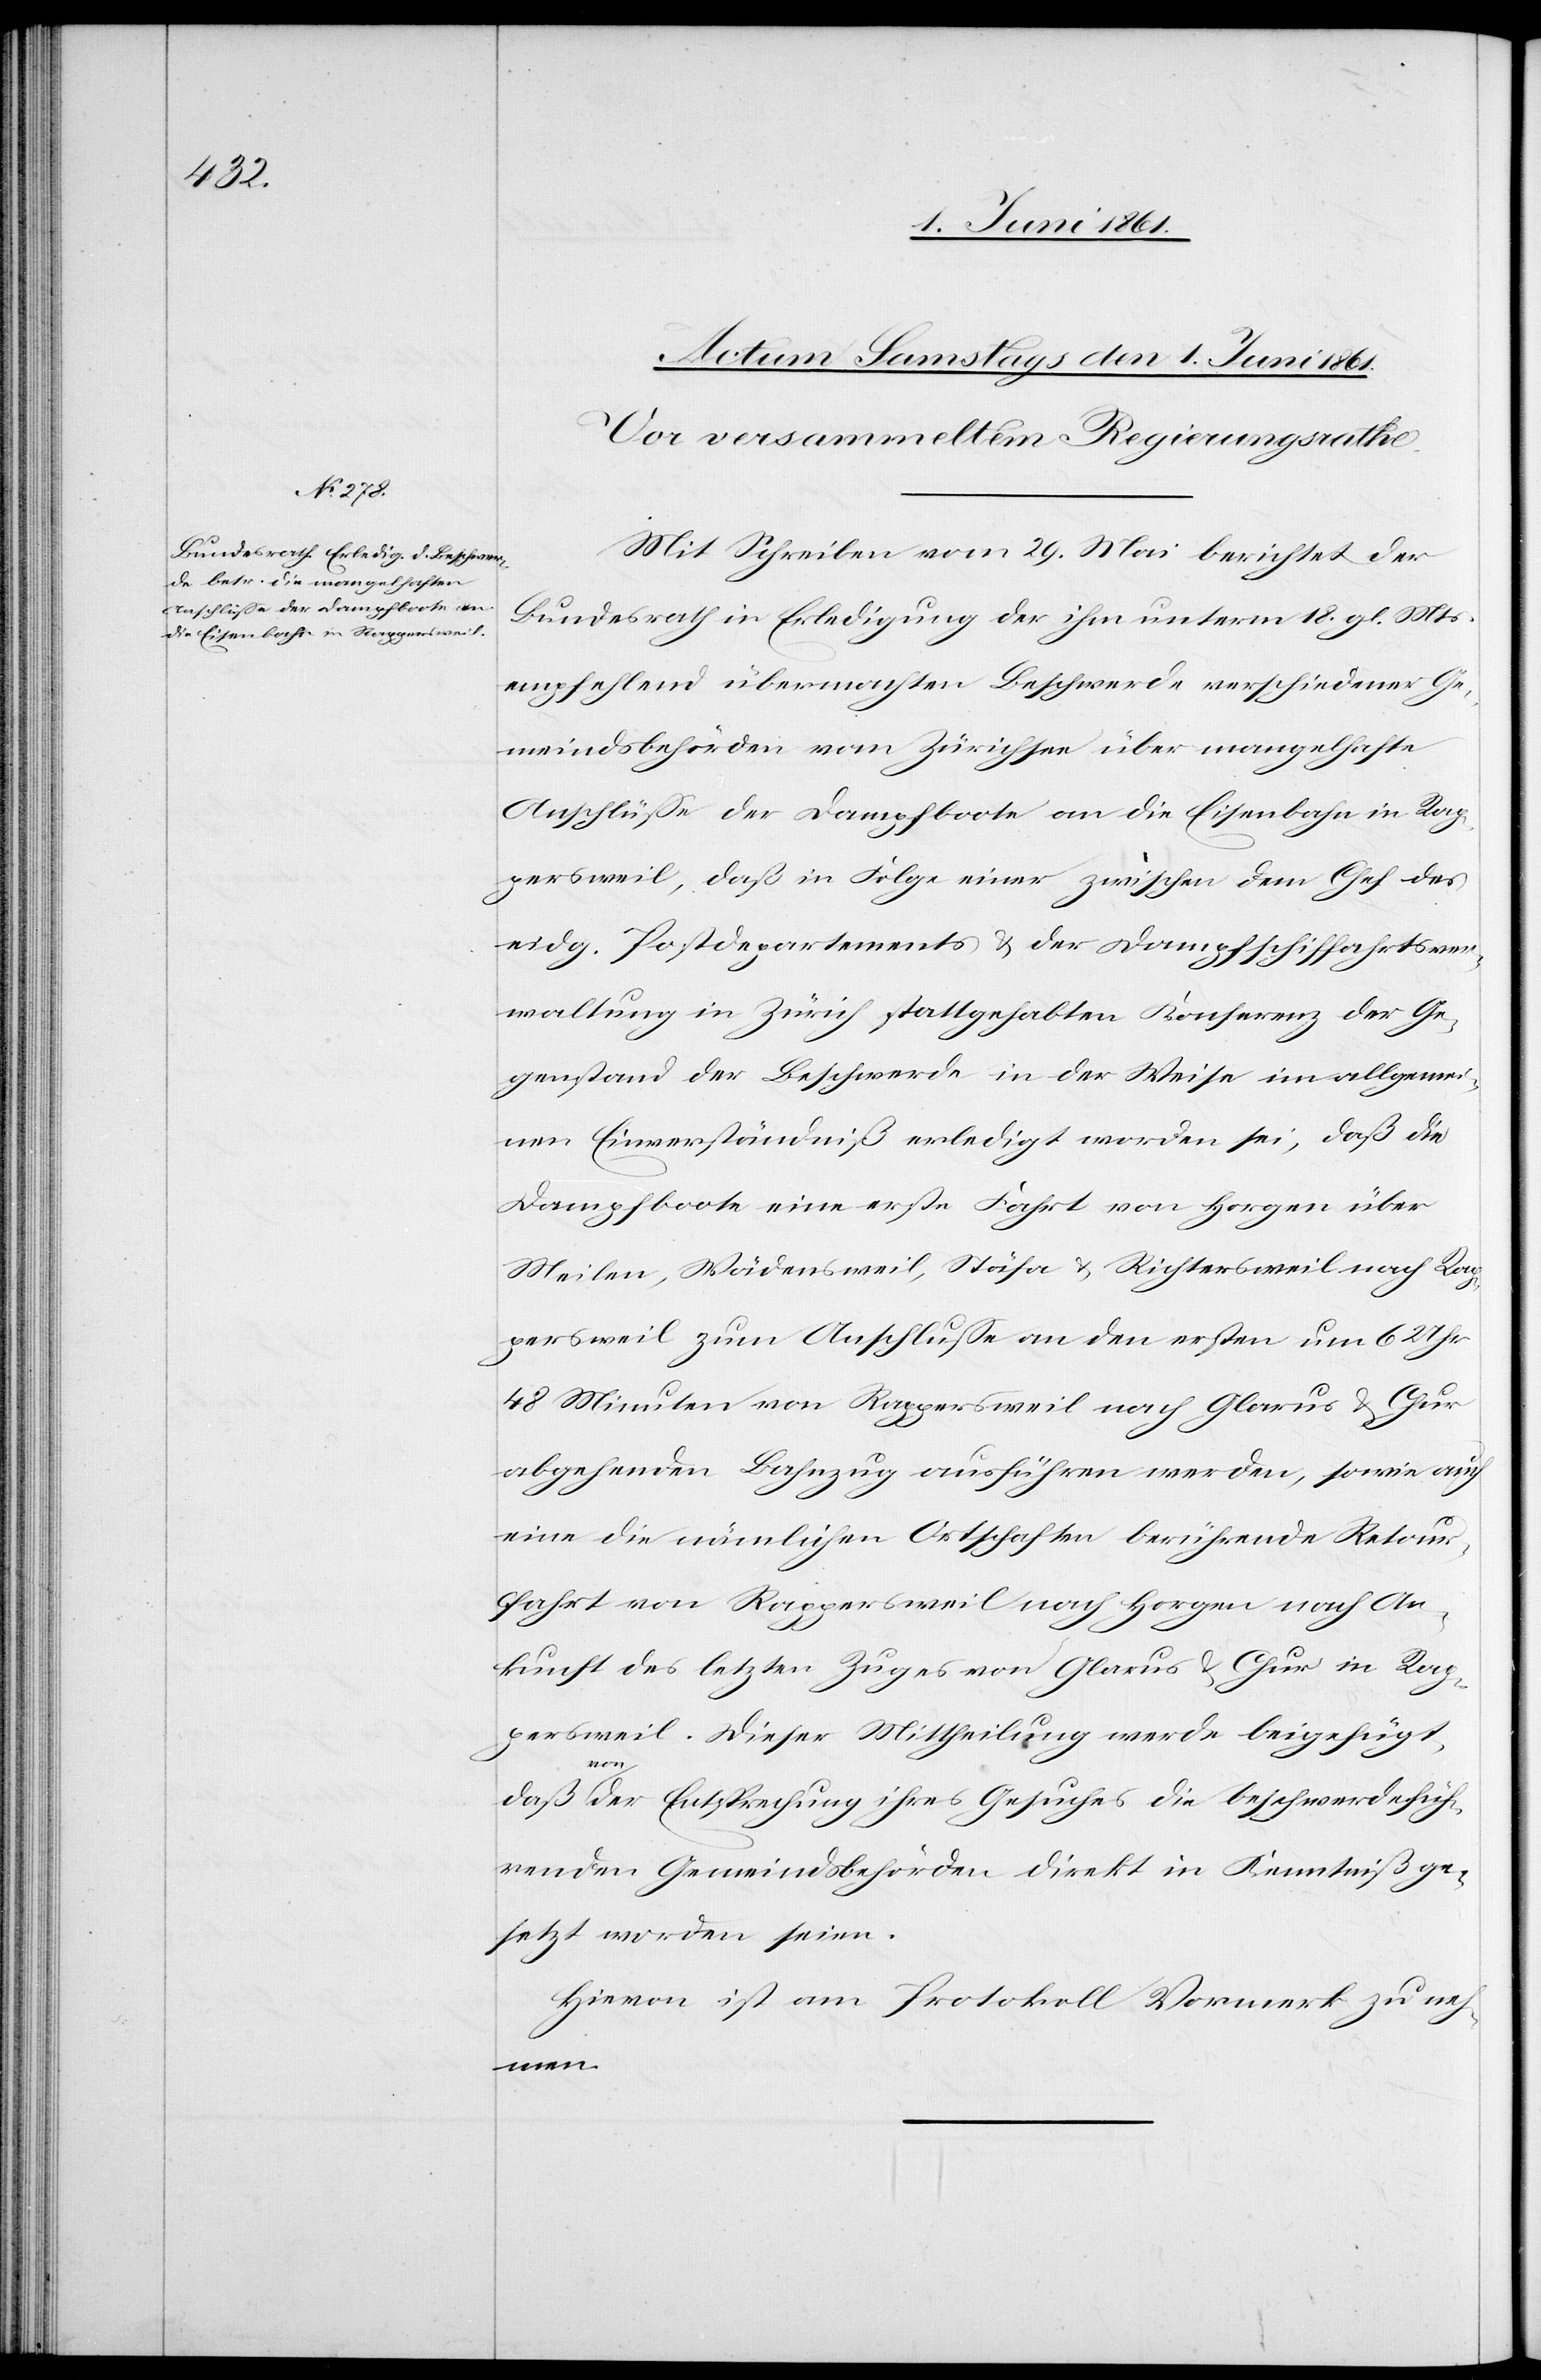
Minuten

Mit Schreiben vom 29. Mai berichtet der
Bundesrath in Erledigung der ihm unterm 18. gl. Mts.
empfehlend übermachten Beschwerde verschiedener Ge¬
meindsbehörden vom Zürichsee über mangelhafte
Anschlüsse der Dampfboote an die Eisenbahn in Rap¬
persweil, daß in Folge einer zwischen dem Chef des
eidg. Postdepartements u. der Dampfschiffahrtsver¬
waltung in Zürich stattgehabten Konferenz der Ge¬
genstand der Beschwerde in der Weise im allgemei¬
nen Einverständniß erledigt worden sei, daß die
Dampfboote eine erste Fahrt von Horgen über
Meilen, Wädensweil, Stäfa u. Richtersweil nach Rap¬
persweil zum Anschlusse an den ersten um 6 Uhr
abgehenden Bahnzug ausführen werden, sowie auch
eine die nämlichen Ortschaften berührende Retour¬
fahrt von Rappersweil nach Horgen nach An¬
kunft des letzten Zuges von Glarus u. Chur in Rap¬
persweil. Dieser Mittheilung werde beigefügt,
daß von der Entsprechung ihres Gesuches die beschwerdefüh¬
renden Gemeindsbehörden direkt in Kenntniß ge¬
setzt worden seien.
Hievon ist am Protokoll Vormerk zu neh¬
men.